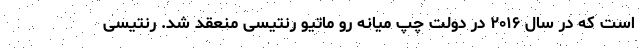
است که در سال ۲۰۱۶ در دولت چپ میانه رو ماتیو رنتیسی منعقد شد. رنتیسی